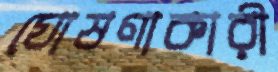
ঘোষণাকারী